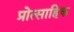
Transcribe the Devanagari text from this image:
प्रोत्साहिक